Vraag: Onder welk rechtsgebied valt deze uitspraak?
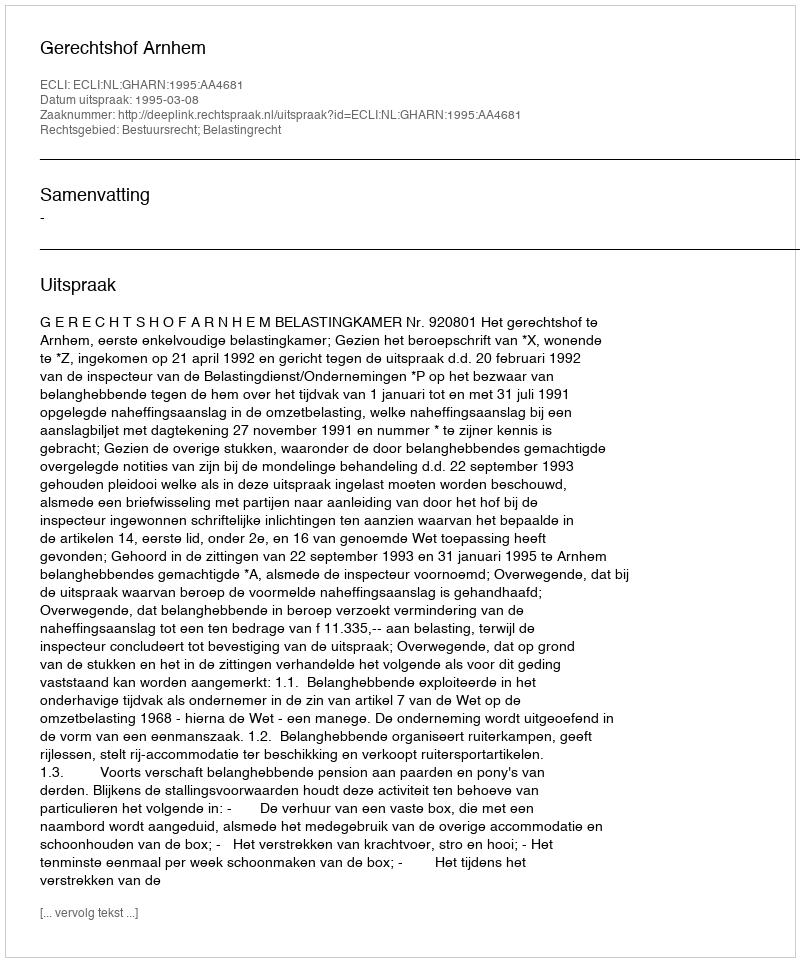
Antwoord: Bestuursrecht; Belastingrecht